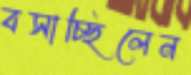
বসাচ্ছিলেন